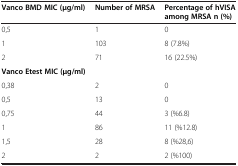
<table><thead><tr><td><b>Vanco BMD MIC (μg/ml)</b></td><td><b>Number of MRSA</b></td><td><b>Percentage of hVISA among MRSA n (%)</b></td></tr></thead><tbody><tr><td>0,5</td><td>1</td><td>0</td></tr><tr><td>1</td><td>103</td><td>8 (7.8%)</td></tr><tr><td>2</td><td>71</td><td>16 (22.5%)</td></tr><tr><td><b>Vanco Etest MIC </b><b>(μ</b><b>g</b><b>/</b><b>ml</b><b>)</b></td><td> </td><td> </td></tr><tr><td>0,38</td><td>2</td><td>0</td></tr><tr><td>0,5</td><td>13</td><td>0</td></tr><tr><td>0,75</td><td>44</td><td>3 (%6.8)</td></tr><tr><td>1</td><td>86</td><td>11 (%12.8)</td></tr><tr><td>1,5</td><td>28</td><td>8 (%28,6)</td></tr><tr><td>2</td><td>2</td><td>2 (%100)</td></tr></tbody></table>